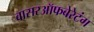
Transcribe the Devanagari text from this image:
वासरऑफबेरेटंग